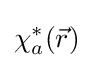
\chi _{a}^{\ast }({\vec {r}})